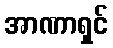
အာဏာရှင်